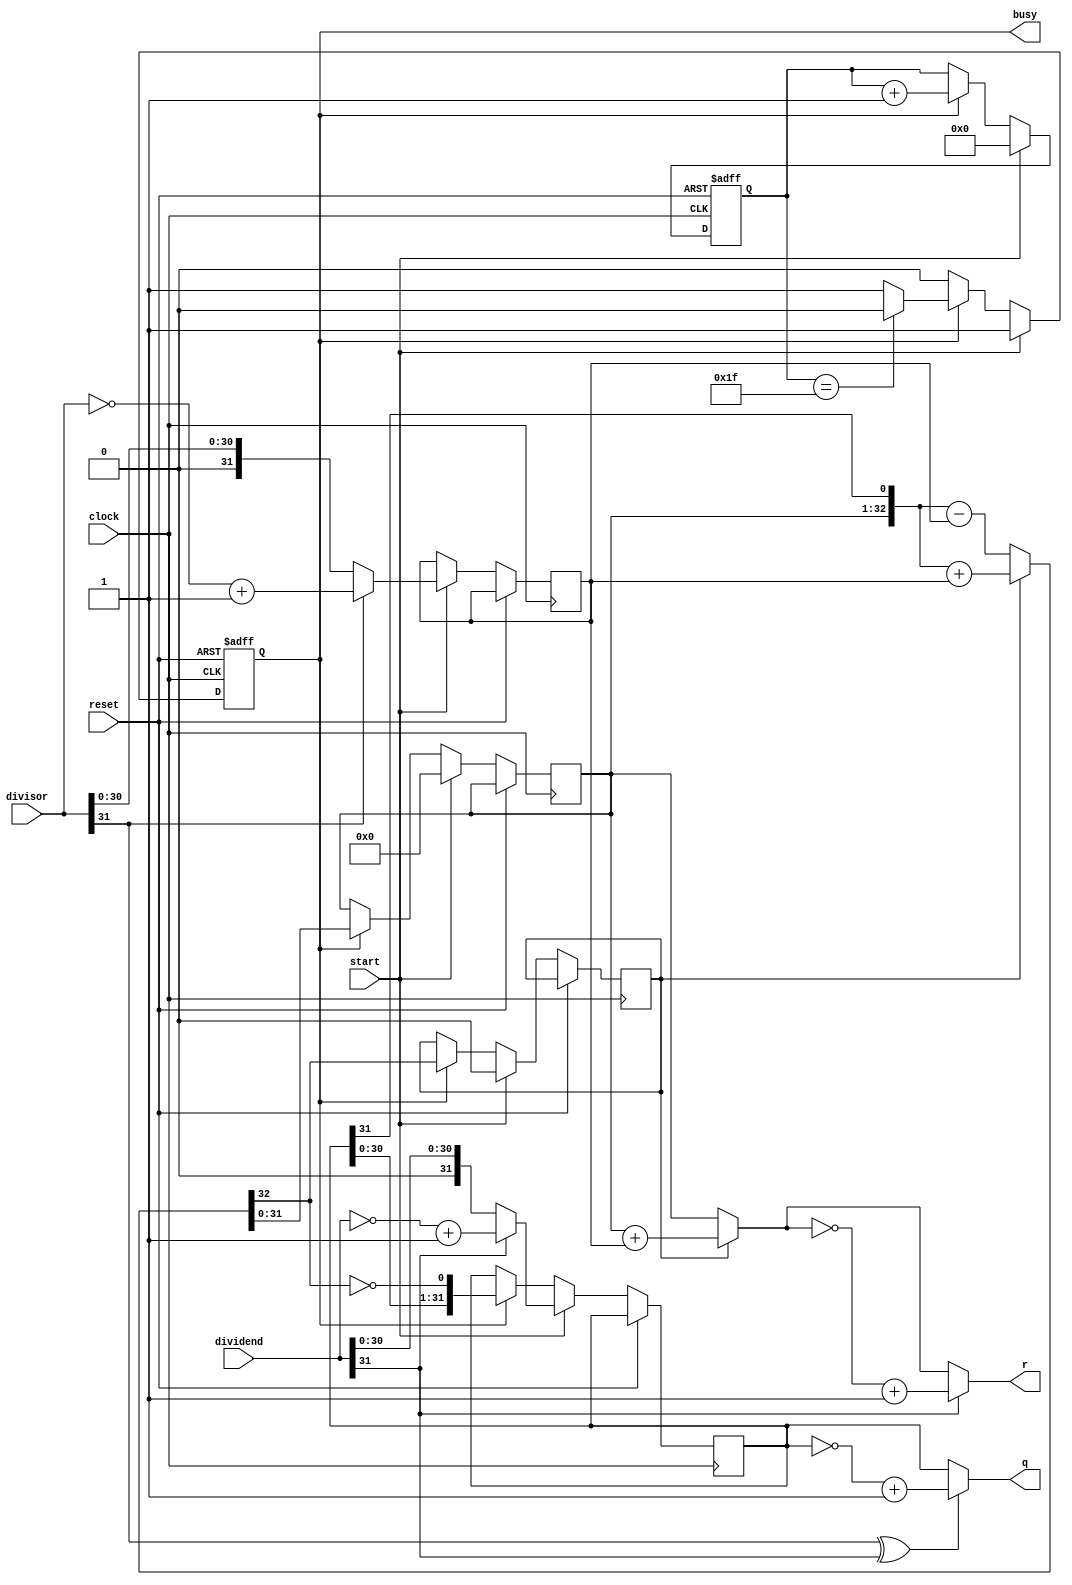
module DIV(
    input [31:0] dividend,      //
    input [31:0] divisor,       //
    input start,                //
    input clock,                //
    input reset,                //
    output [31:0] q,            //
    output [31:0] r,            //
    output reg busy             //
    );
    reg [5:0] count;            //
    reg [31:0] reg_q;
    reg [31:0] reg_r;
    reg [31:0] reg_b;
    wire [31:0] reg_r2;
    reg r_sign;
    wire [32:0] sub_add = r_sign? ({reg_r, reg_q[31]} + {1'b0, reg_b}):({reg_r, reg_q[31]} - {1'b0, reg_b});    //
    assign reg_r2 = r_sign ? reg_r + reg_b : reg_r;
    assign r = dividend[31] ? (~reg_r2 + 1) : reg_r2;
    assign q = (divisor[31]^dividend[31]) ? (~reg_q + 1) : reg_q;
    
    always @ (posedge clock or posedge reset)
    begin
        if (reset)
        begin
            count <= 0;                         //
            busy <= 0;
        end
        
        else
        begin
            if (start)                          //
            begin
                reg_r <= 32'b0;
                r_sign <= 0;
                if (dividend[31] == 1)
                    reg_q <= ~dividend+1;
                else
                    reg_q <= dividend;
                if(divisor[31] == 1)
                    reg_b <= ~divisor+1;
                else
                    reg_b <= divisor;
                count <= 0;
                busy <= 1;
            end
            else if (busy)
            begin
                reg_r <= sub_add[31:0];         //
                r_sign <= sub_add[32];          //
                reg_q <= {reg_q[30:0],~sub_add[32]};
                count <= count + 1;             //
                if(count == 31)                 //
                    busy <= 0;
            end
        end
    end
endmodule